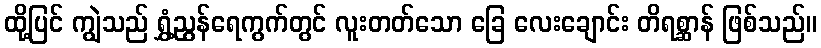
ထို့ပြင် ကျွဲသည် ရွှံ့ညွန်ရေကွက်တွင် လူးတတ်သော ခြေ လေးချောင်း တိရစ္ဆာန် ဖြစ်သည်။